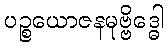
ပဉ္စယောဇနမုဗ္ဗိဒ္ဓေါ